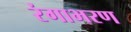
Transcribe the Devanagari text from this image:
रंगाभरण